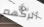
أتركهم